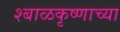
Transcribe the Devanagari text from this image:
श्बाळकृष्णाच्या